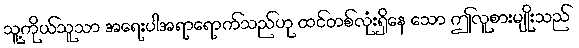
သူ့ကိုယ်သူသာ အရေးပါအရာရောက်သည်ဟု ထင်တစ်လုံးရှိနေ သော ဤလူစားမျိုးသည်